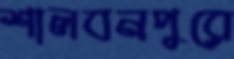
শালবনপুরে